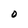
Character: 0